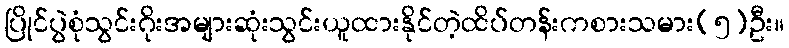
ပြိုင်ပွဲစုံသွင်းဂိုးအများဆုံးသွင်းယူထားနိုင်တဲ့ထိပ်တန်းကစားသမား(၅)ဦး။